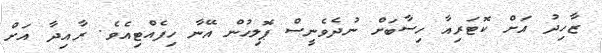
ޒާހިދު އަށް ކޮޓަރިއާ ހިސާބަށް ނުދެވެނީސް ޕޮލިހުން އޭނާ ހިފެއްޓިއެވެ. ރާއިދާ އަށް